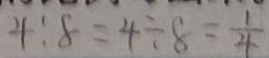
4 : 8 = 4 \div 8 = \frac { 1 } { 4 }